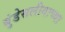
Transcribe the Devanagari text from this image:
बुंडेसलीगाच्या